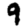
Digit: 9